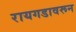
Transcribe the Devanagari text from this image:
रायगडावरून